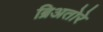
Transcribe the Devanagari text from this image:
ब्रिअतोरे